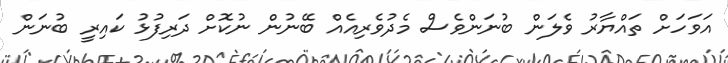
އަވަހަށް ތައްޔާރު ވެލަން ބުނަންވެސް މެދުވެރިއެއް ބޭނުން ނުކޮށް ދަރިފުޅު ކައިރީ ބުނަން